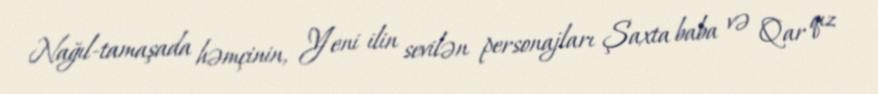
Nağıl-tamaşada həmçinin, Yeni ilin sevilən personajları Şaxta baba və Qar qız